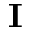
{ \mathbf I }